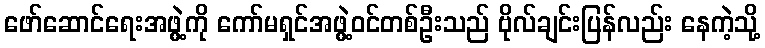
ဖော်ဆောင်ရေးအဖွဲ့ကို ကော်မရှင်အဖွဲ့ဝင်တစ်ဦးသည် ဗိုလ်ချင်းပြန်လည်း နေကဲ့သို့